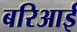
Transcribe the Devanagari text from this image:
बरिआई